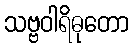
သဗ္ဗဝါရိဓုတော